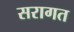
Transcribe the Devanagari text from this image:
सरागत